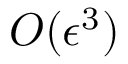
O ( \epsilon ^ { 3 } )